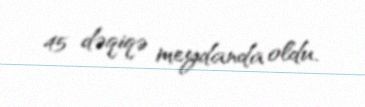
45 dəqiqə meydanda oldu.